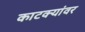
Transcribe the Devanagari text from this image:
काटक्यांवर